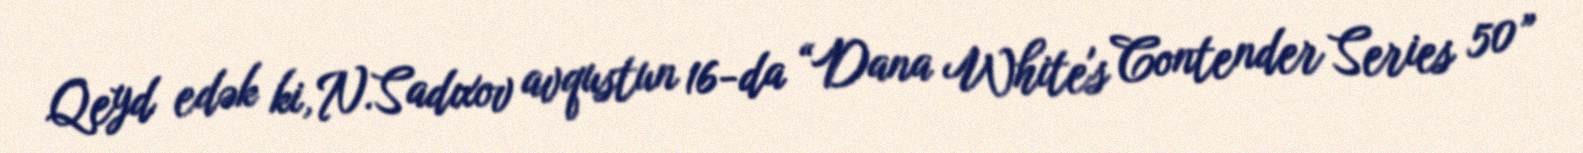
Qeyd edək ki, N.Sadıxov avqustun 16-da “Dana White's Contender Series 50”